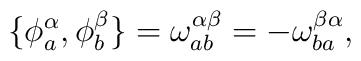
\{\phi ^\alpha _a,\phi ^\beta _b\}=\omega ^{\alpha \beta}_{ab}=-\omega ^{\beta \alpha}_{ba},